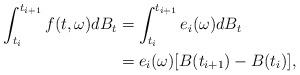
LaTeX: \begin{align*}\int^{t_{i+1}}_{t_i} f(t, \omega)dB_t & = \int^{t_{i+1}}_{t_i} e_i (\omega) dB_t \\& = e_i (\omega)[B(t_{i+1})-B(t_{i})],\end{align*}